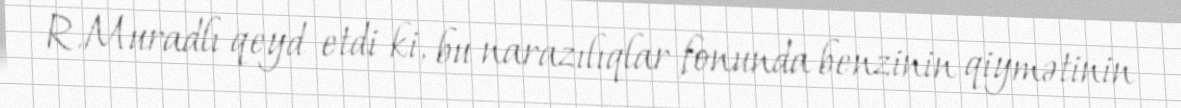
R.Muradlı qeyd etdi ki, bu narazılıqlar fonunda benzinin qiymətinin